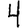
Digit: 4